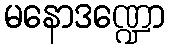
မနောဒဏ္ဍော